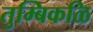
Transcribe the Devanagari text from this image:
तुम्बिकळि